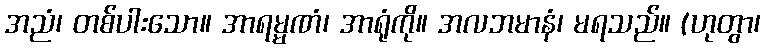
အညံ၊ တစ်ပါးသော။ အာရမ္မဏံ၊ အာရုံကို။ အလဘမာနံ၊ မရသည်။ (ဟုတွာ၊